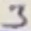
Text: 3